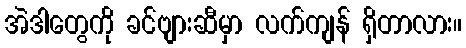
အဲဒါတွေကို ခင်ဗျားဆီမှာ လက်ကျန် ရှိတာလား။